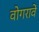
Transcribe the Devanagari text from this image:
वोगरावें